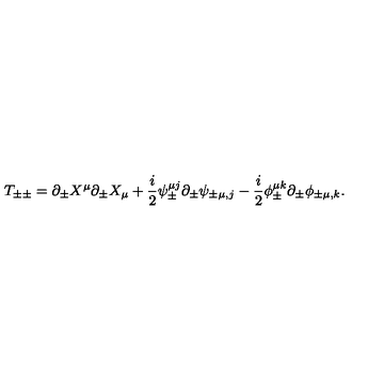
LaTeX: T _ { \pm \pm } = \partial _ { \pm } X ^ { \mu } \partial _ { \pm } X _ { \mu } + \frac { i } { 2 } { \psi } _ { \pm } ^ { \mu j } \partial _ { \pm } \psi _ { \pm \mu , j } - \frac { i } { 2 } { \phi } _ { \pm } ^ { \mu k } \partial _ { \pm } \phi _ { \pm \mu , k } .